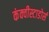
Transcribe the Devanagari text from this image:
कंक्वीस्टाडोर्स